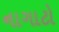
નાગાટો